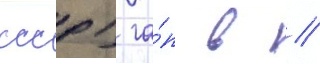
ссср) га́п в //